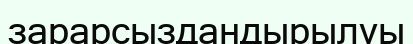
зарарсыздандырылуы